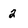
Character: 2